Civil Veterinary Department. United Provinces 1923-31 - 1923-1931
Year: 1923
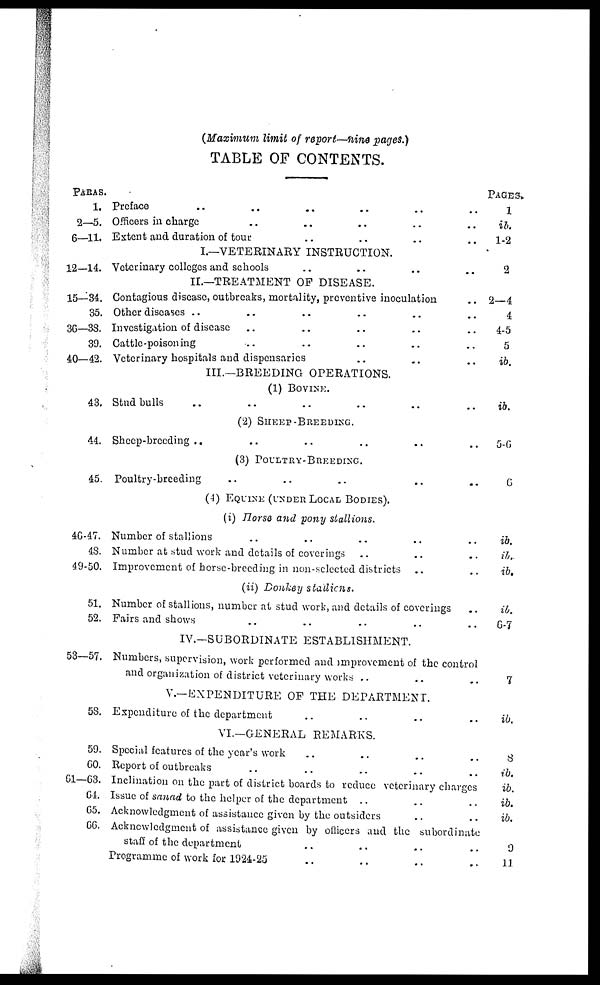
(Maximum limit of report—nine pages.)
TABLE OF CONTENTS.
PARAS.
1.
2—5.
6—11.
12—14.
15—34.
35.
36—38.
39.
40—42.
43.
44.
45.
46-47.
48.
49-50.
51.
52.
53—57.
58.
59.
60..
61—63.
64.
65.
66.
Preface .. .. .. ..
Officers in charge .. .. .. .. ..
Extent and duration of tour .. .. .. ..
I._VETERINARY INSTRUCTION.
Veterinary colleges and schools .. .. .. ..
II.—TREATMENT OF DISEASE.
Contagious disease, outbreaks, mortality, preventive inoculation ..
Other diseases .. .. .. ..
Investigation of disease .. .. .. .. ..
Cattle-poisoning .. .. .. .. ..
Veterinary hospitals and dispensaries ..
III.—BREEDING OPERATIONS.
(1) BOVINE.
Stnd bulls .. .. .. ..
(2) SHEEP - BREEDING.
Sheep-breeding .. .. .. .. ..
(3) POULTRY - BREEDING.
Poultry-breeding .. .. .. .. ..
(4) EQUINE (UNDER LOCAL BODIES).
(i) Horse and pony stallions.
Number of stallions
Number at stud work and details of coverings
Improvement of horse-breeding in non-selected districts
..
(ii) Donkey
stallions.
Number of stallions, number at stud work, and details of coverings
Fairs and shows .. .. .. .. ..
IV.—SUBORDINATE ESTABLISHMENT.
Numbers, supervision, work performed and miprovement of the control
and organization of district veterinary works .. .. ..
V.—EXPENDITURE OF THE DEPARTMENT.
Expenditure of the department .. ..
VI.—GENERAL REMARKS.
Special features of the year's work .. .. .. ..
Report of outbreaks .. .. .. .. ..
Inclination on the part of district boards to reduce veterinary charges
Issue of sanad to the helper of the department .. .. ..
Acknowledgment of assistance given by the outsiders .. ..
Acknowledgment of assistance given by officers and the subordinate
staff of the department .. .. .. ..
Programme of work for 1924-25 .. .. .. ..
PAGES.
1
id.
1-2
2
2—4
4
4-5
5
ib.
ib.
5-6
6
ib.
ib..
ib.
id.
G-7
7
ib.
8
ib.
ib.
ib.
ib.
9
11